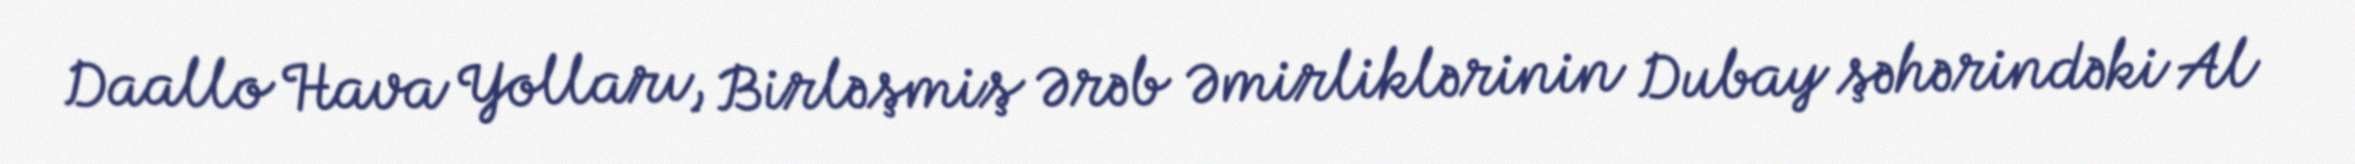
Daallo Hava Yolları, Birləşmiş Ərəb Əmirliklərinin Dubay şəhərindəki Al